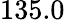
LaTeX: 135.0